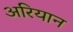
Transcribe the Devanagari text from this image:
अरियान